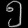
Digit: ၅